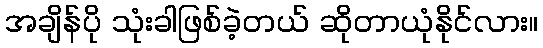
အချိန်ပို သုံးခါဖြစ်ခဲ့တယ် ဆိုတာယုံနိုင်လား။